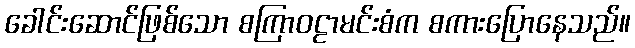
ခေါင်းဆောင်ဖြစ်သော စကြာဝဠာမင်းစံက စကားပြောနေသည်။